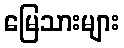
မြေသားများ